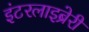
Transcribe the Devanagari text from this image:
इंटरलाइब्रेरी